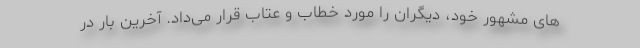
های مشهور خود، دیگران را مورد خطاب و عتاب قرار می‌داد. آخرین بار در